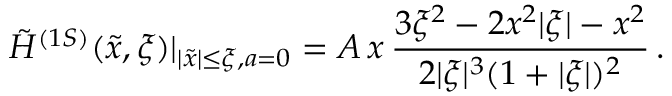
\tilde { H } ^ { ( 1 S ) } ( \tilde { x } , \xi ) | _ { | \tilde { x } | \leq \xi , a = 0 } = A \, x \, \frac { 3 \xi ^ { 2 } - 2 x ^ { 2 } | \xi | - x ^ { 2 } } { 2 | \xi | ^ { 3 } ( 1 + | \xi | ) ^ { 2 } } \, .